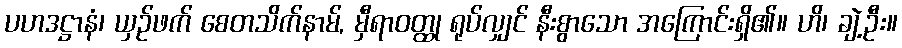
ပဟဒဋ္ဌာနံ၊ ယှဉ်ဖက် စေတသိက်နာမ်, မှီရာဝတ္ထု ရုပ်လျှင် နီးစွာသော အကြောင်းရှိ၏။ ဟိ၊ ချဲ့ဦး။